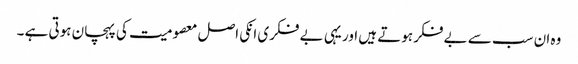
وہ ان سب سے بے فکر ہوتے ہیں اور یہی بے فکری انکی اصل معصومیت کی پہچان ہوتی ہے ۔